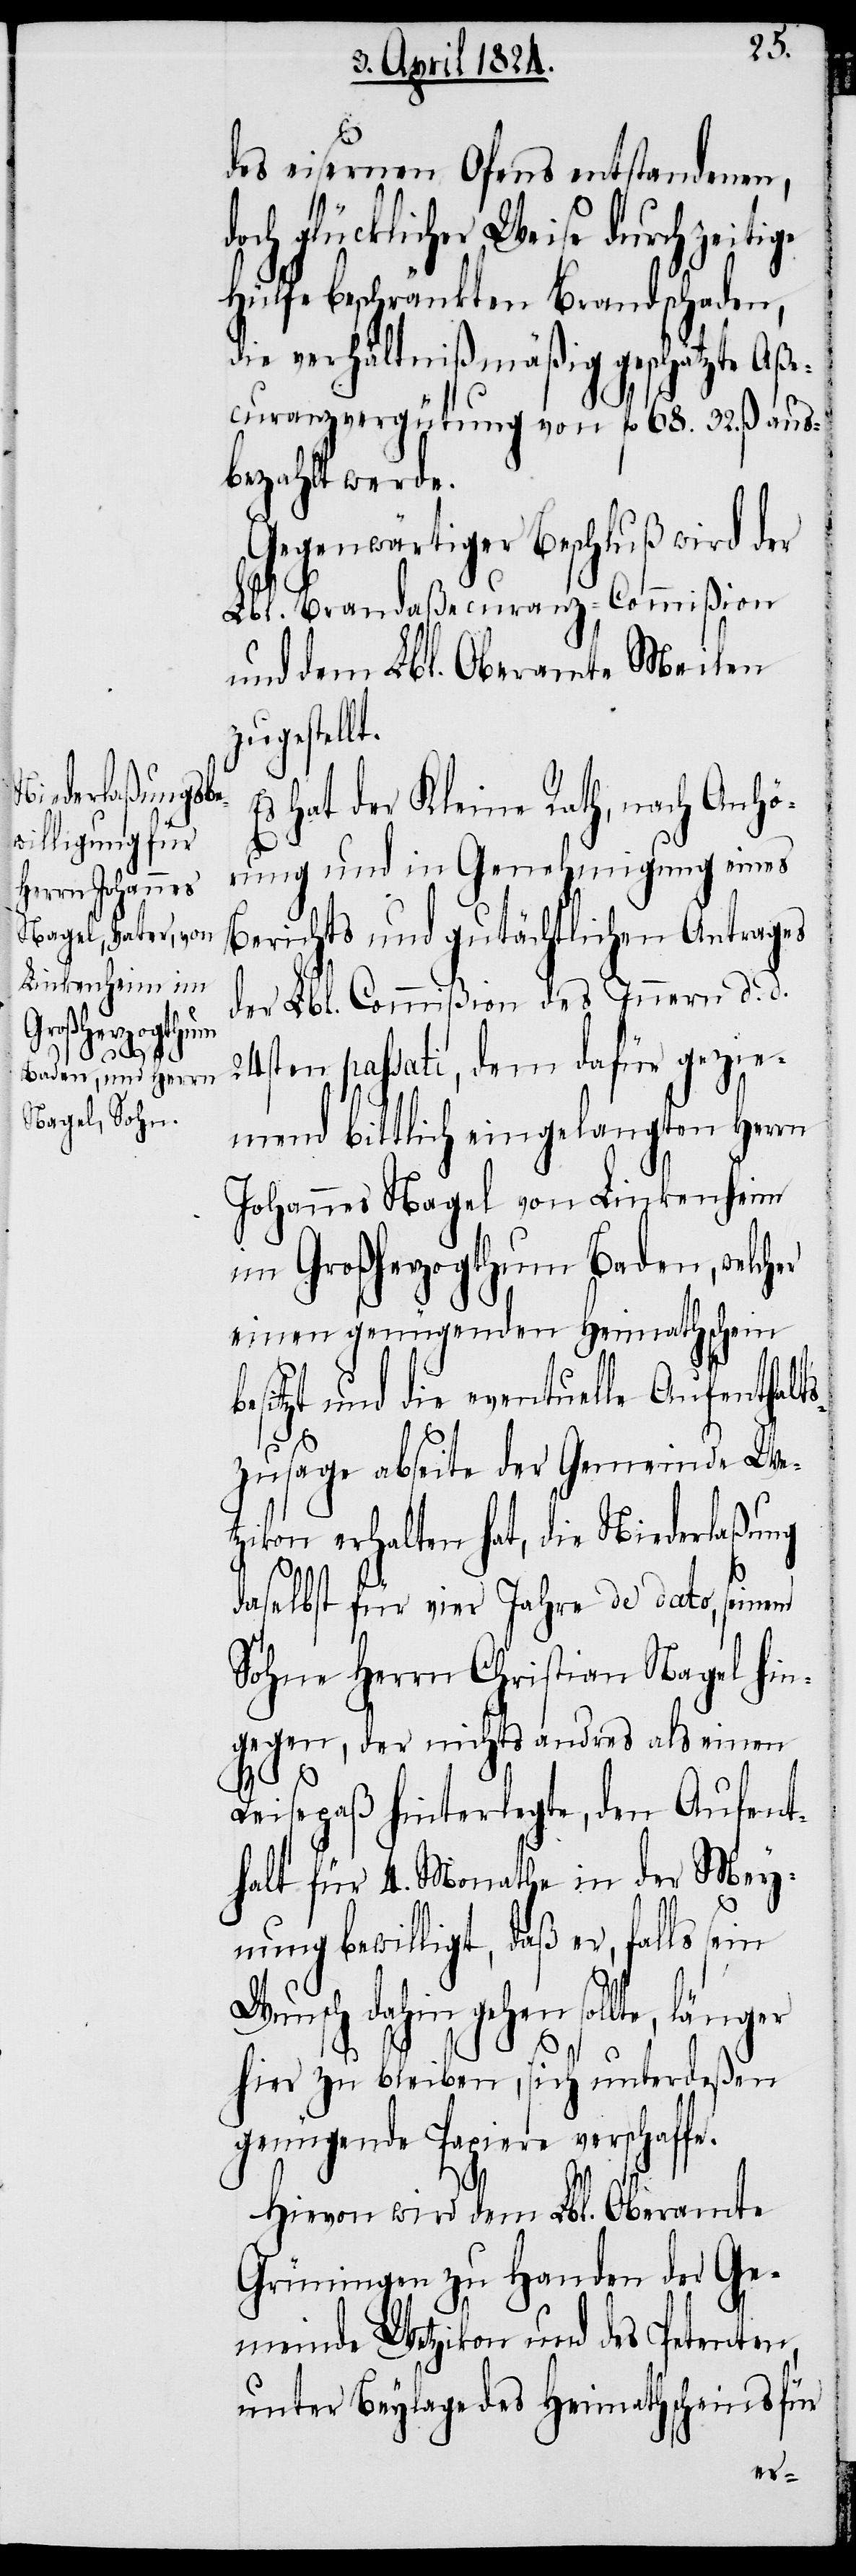
des eisernen Ofens entstanden,
och glücklicher Weise durch zeiti¬
Hülfe beschränkten Brandschaden,
die verhältnißmäßig geschätzte Aße¬
curanzvergütung von fl. 68. 32. ß. aus¬
bezahlt werde.
Gegenwärtiger Beschluß wird der
Lbl. Brandaßecuranz-Commißion
und dem Lbl. Oberamte Meilen
zugestellt.
Es hat der Kleine Rath, nach Anhö¬
rung und in Genehmigung eines
Berichts und gutächtlichen Antrages
der Lbl. Commißion des Innern d. d.
24stren passati, dem dafür gezie¬
mend bittlich eingelangten Herrn
Johannes Nagel von Linkenheim
im Großherzogthum Baden, welcher
einen genügenden Heimathschein
besitzt und die eventuelle Aufenthalts¬
zusage abseite der Gemeinde We¬
tzikon erhalten hat, die Niederlaßung
daselbst für vier Jahre de dato, seinem
Sohne Herrn Christian Nagel hin¬
gegen, der nichts andres als einen
e.
Reisepaß hinterlegte, den Aufent¬
halt für 4. Monathe in der Mey¬
nung bewilligt, daß er, falls sein
Wunsch dahin gehen sollte, läng¬
er
hier zu bleiben, sich unterdeßen
genügende Papiere verschaff¬
Hievon wird dem Lbl. Oberamte
Grüningen zu Handen der Ge¬
meinde Wetzikon und des Petenten,
unter Beylage des Heimathscheins für